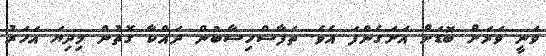
ވަނީ ވަރަށް ބޮޑަށް އަށަގެންފަ އެވެ. ތަފާސްހިސާބުން ދައްކާ ގޮތުން މިދިޔަ އަހަރު